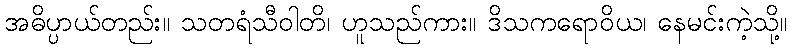
အဓိပ္ပာယ်တည်း။ သတရံသီဝါတိ၊ ဟူသည်ကား။ ဒိသကရောဝိယ၊ နေမင်းကဲ့သို့။